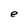
Character: e